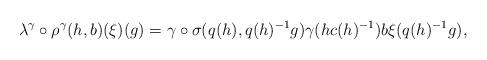
LaTeX: \begin{align*}\lambda^\gamma\circ\rho^\gamma(h,b)(\xi)(g)=\gamma\circ\sigma(q(h),q(h)^{-1}g)\gamma(hc(h)^{-1})b\xi(q(h)^{-1}g),\end{align*}